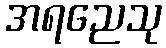
အရညေသု